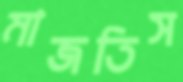
মাজতিস